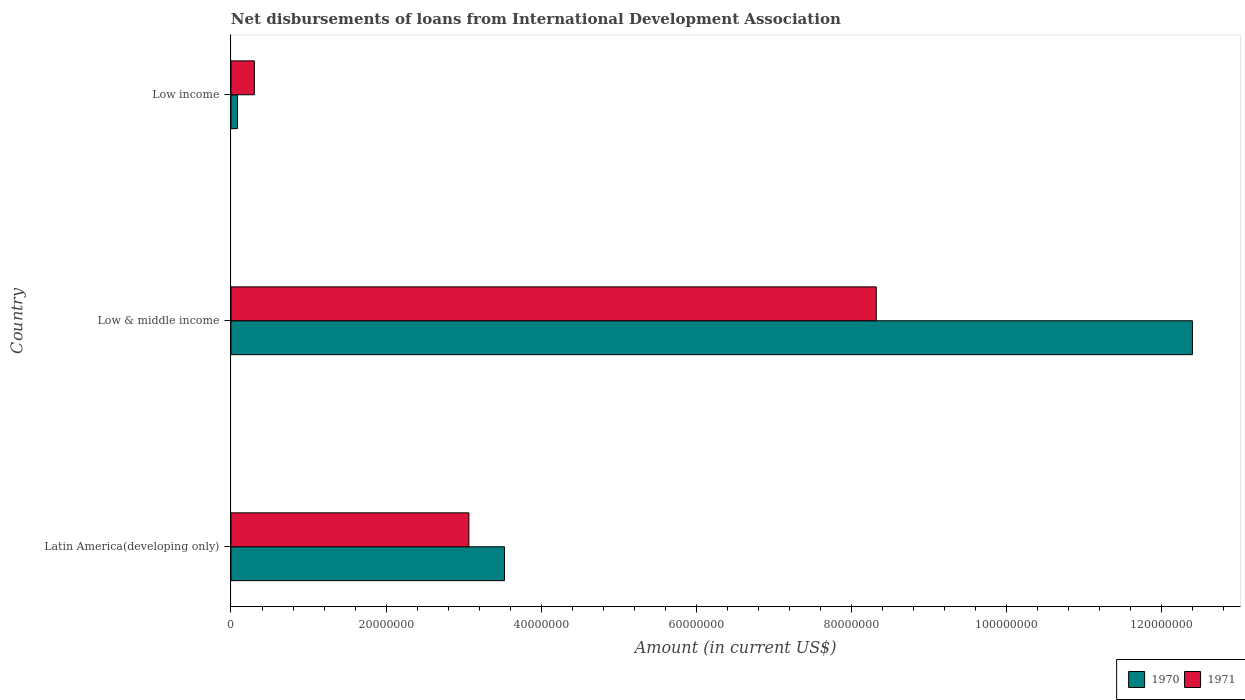
| Country | 1970 | 1971 |
 | --- | --- | --- |
 | Latin America(developing only) | 3.53e+07 | 3.07e+07 |
 | Low & middle income | 1.24e+08 | 8.32e+07 |
 | Low income | 8.35e+05 | 3.02e+06 |